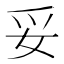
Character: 妥